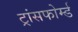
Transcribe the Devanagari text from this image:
ट्रांसफोर्म्ड